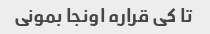
تا کی قراره اونجا بمونی